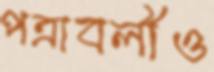
পত্রাবলীও